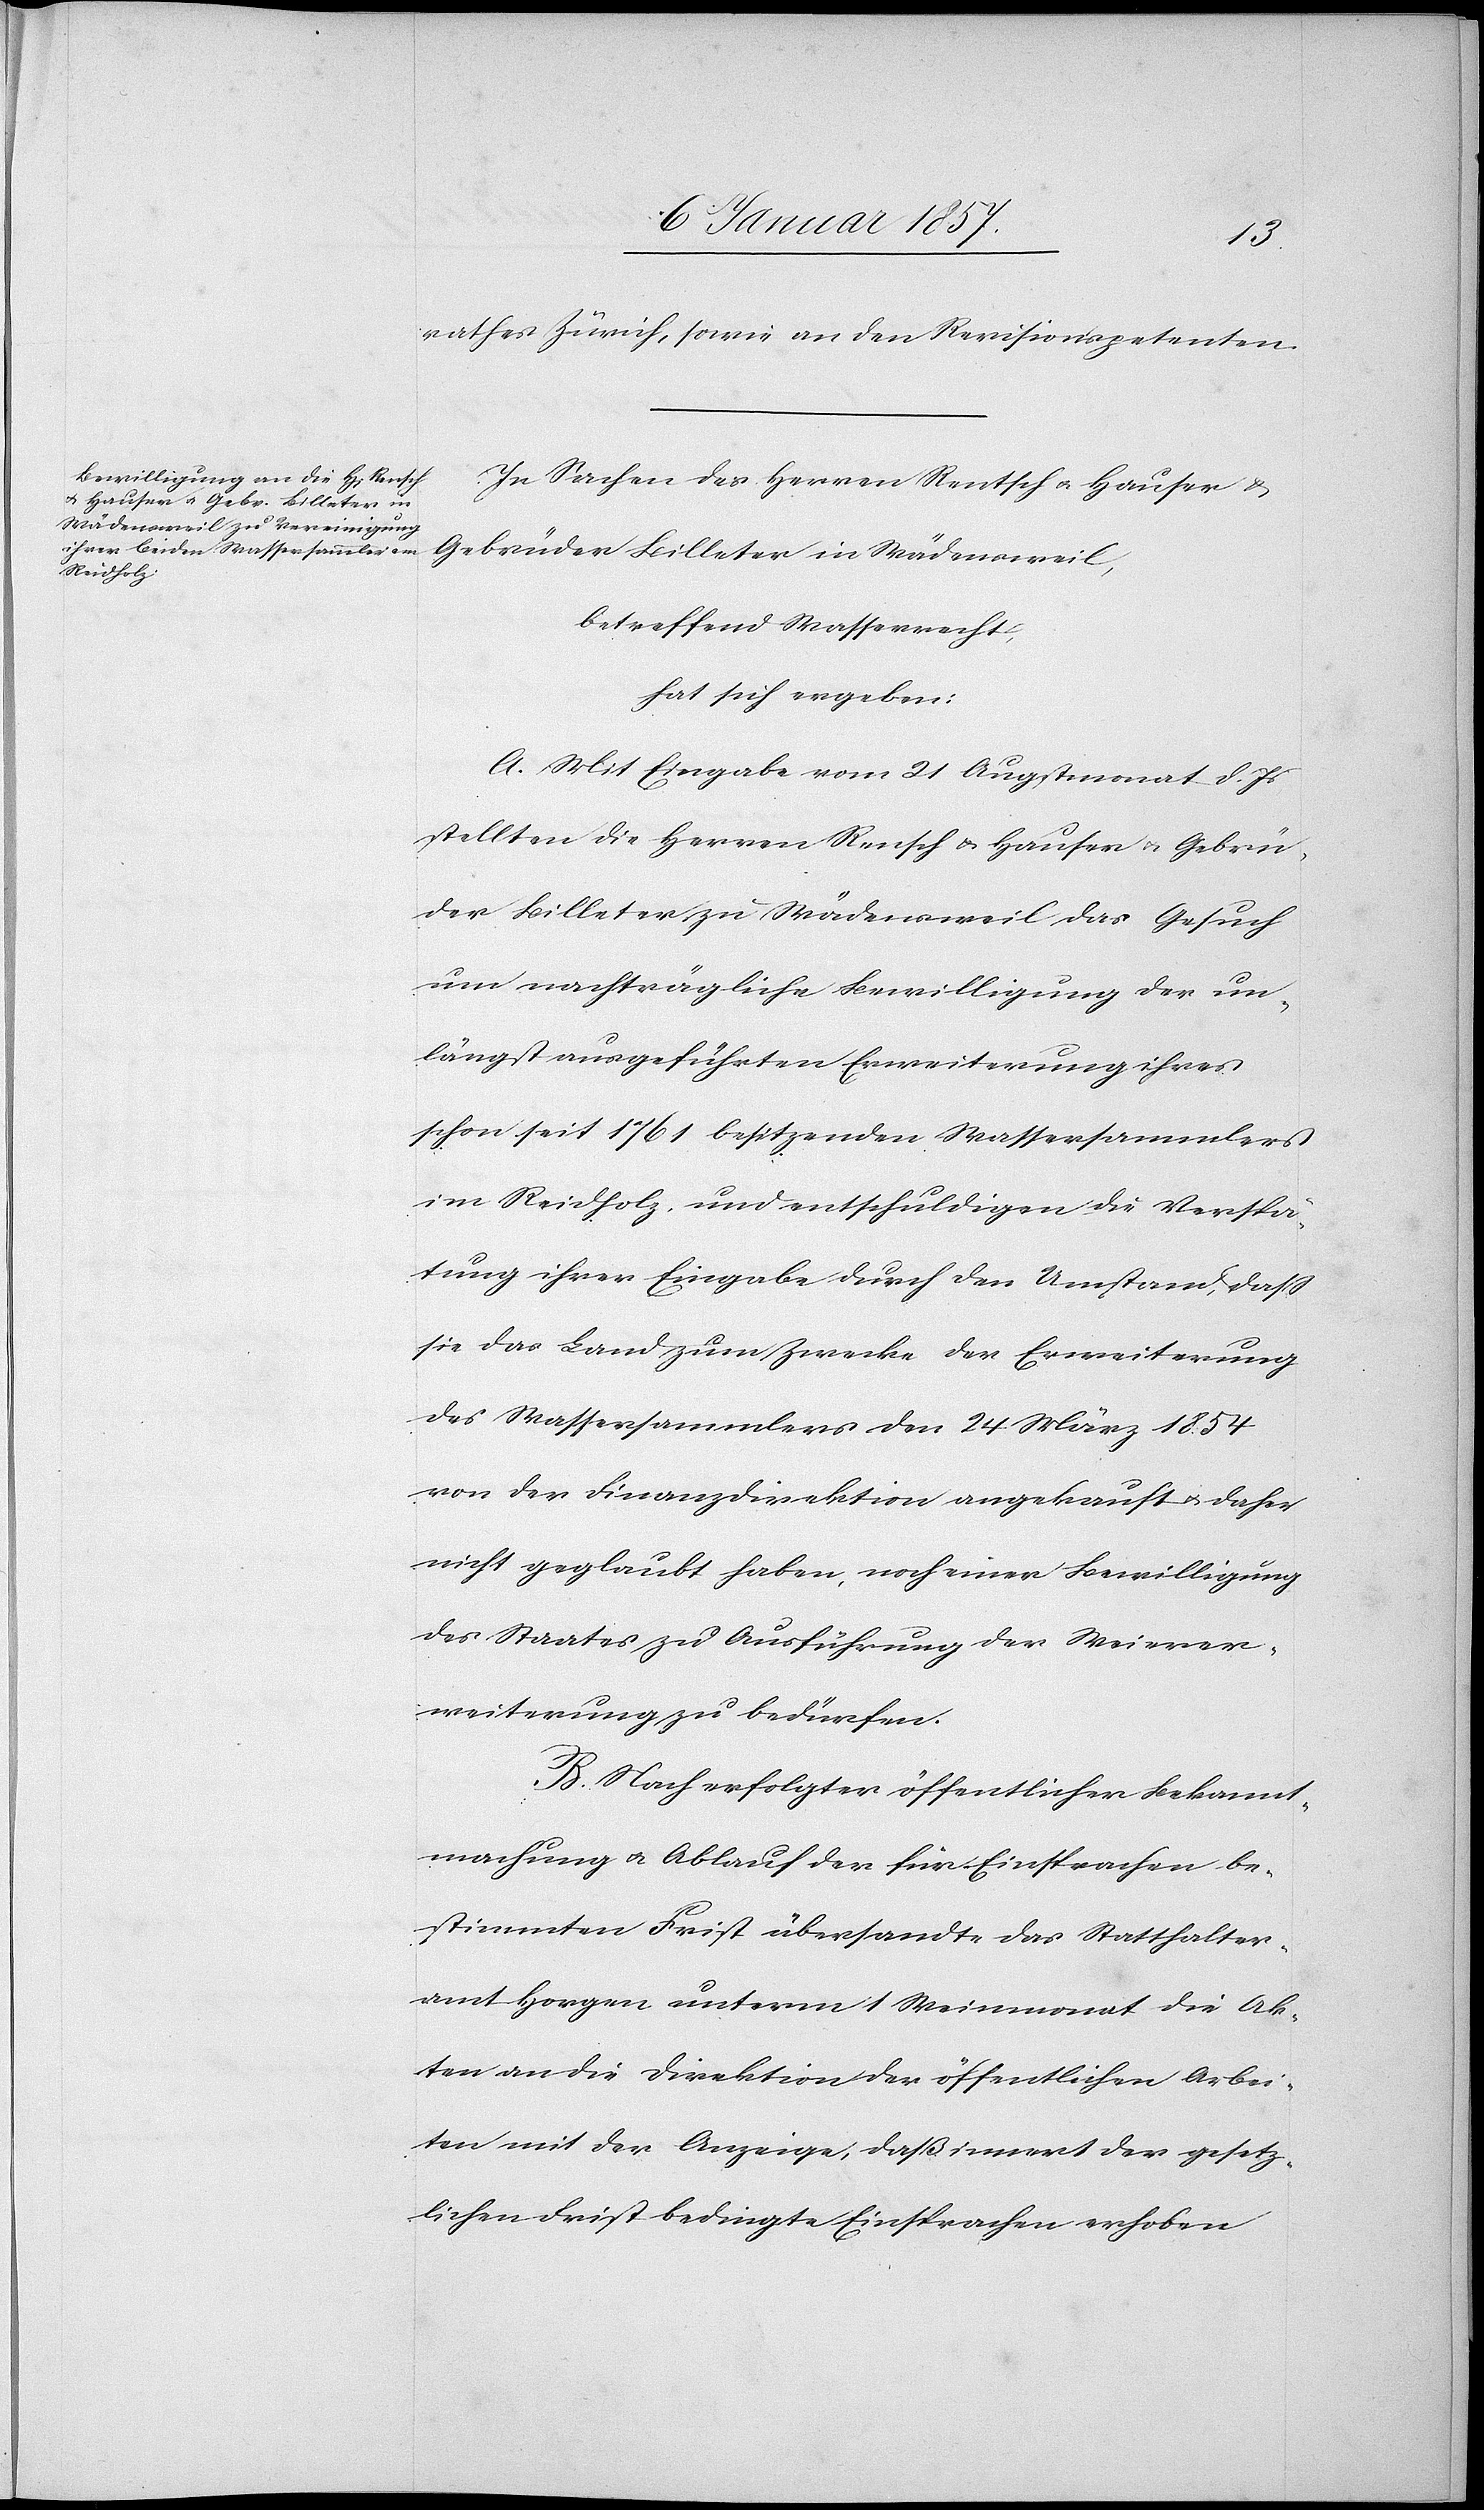
rathes Zürich, sowie an den Revisionspetenten.
In Sachen der Herren Rentsch u. Hauser &
Gebrüder Billeter in Wädensweil,
betreffend Wasserrecht,
hat sich ergeben:
A. Mit Eingabe vom 21 Augustmonat d. Js
stellten die Herren Rensch u. Hauser u. Gebrü¬
der Billeter zu Wädensweil das Gesuch
um nachträgliche Bewilligung der un¬
längst ausgeführten Erweiterung ihres
schon seit 1761 besitzenden Wassersammlers
im Reidholz, und entschuldigen die Verspä¬
tung ihrer Eingabe durch den Umstand, daß
sie das Land zum Zwecke der Erweiterung
des Wassersammlers den 24 März 1854
von der Finanzdirektion angekauft u. daher
nicht geglaubt haben, noch einer Bewilligung
des Staates zu Ausführung der Weierer¬
weiterung zu bedürfen.
B. Nach erfolgter öffentlicher Bekannt¬
machung u. Ablauf der für Einsprachen be¬
stimmten Frist übersandte das Statthalter¬
amt Horgen unterm 1 Weinmonat die Ak¬
ten an die Direktion der öffentlichen Arbei¬
ten mit der Anzeige, daß innert der gesetz¬
lichen Frist bedingte Einsprachen erhoben